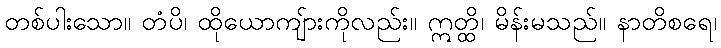
တစ်ပါးသော။ တံပိ၊ ထိုယောကျ်ားကိုလည်း။ ဣတ္ထိ၊ မိန်းမသည်။ နာတိစရေ၊